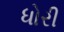
ધોરી